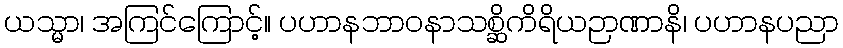
ယသ္မာ၊ အကြင်ကြောင့်။ ပဟာနဘာဝနာသစ္ဆိကိရိယဉာဏာနိ၊ ပဟာနပညာ